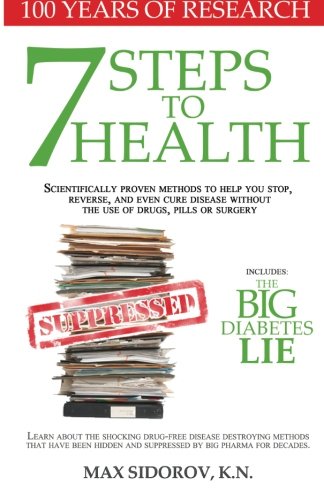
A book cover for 7 Steps to Health: Scientifically proven methods to help you stop, reverse, and even cure disease without the use of drugs, pills or surgery.; Max Sidorov KN; Health, Fitness & Dieting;